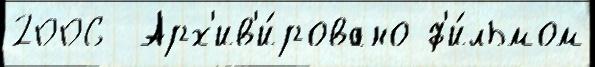
2006  Арх'ив'и́ровано ф'и́льмом